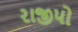
રાજીપો